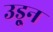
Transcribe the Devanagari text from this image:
उडू्न